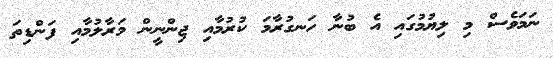
ނަމަވެސް މި ލިޔުމުގައި އެ ބުނާ ހަނގުރާމަ ކުރުމާއި ޖިންނީން މަރާލުމާއި ފަންޑިތަ